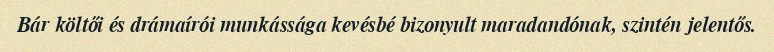
Bár költői és drámaírói munkássága kevésbé bizonyult maradandónak, szintén jelentős.